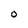
Character: O